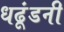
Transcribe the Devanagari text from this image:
धढूंडनी